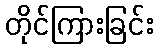
တိုင်ကြားခြင်း